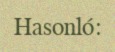
Hasonló: